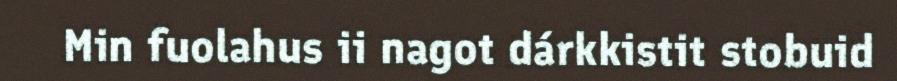
Min fuolahus ii nagot dárkkistit stobuid